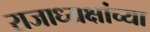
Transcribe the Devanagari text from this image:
राजाध्यक्षांच्या